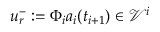
\boldsymbol { u } _ { r } ^ { - } : = \Phi _ { i } \boldsymbol { a } _ { i } ( t _ { i + 1 } ) \in \mathcal { V } ^ { i }